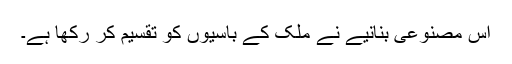
اس مصنوعی بنانیے نے ملک کے باسیوں کو تقسیم کر رکھا ہے۔